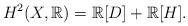
LaTeX: \begin{align*}H^2(X, \mathbb{R})=\mathbb{R}[D]+\mathbb{R}[H].\end{align*}